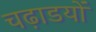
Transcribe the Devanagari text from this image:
चढ़ाडयों